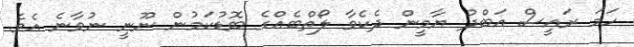
ހަމަ ރައީސް އަބްދު ޔާމީން ދެކެވާ ލޯތްބެއްގެ ބޮޑުކަމުން ނޫނީ ނުވާނެ އެވެ.